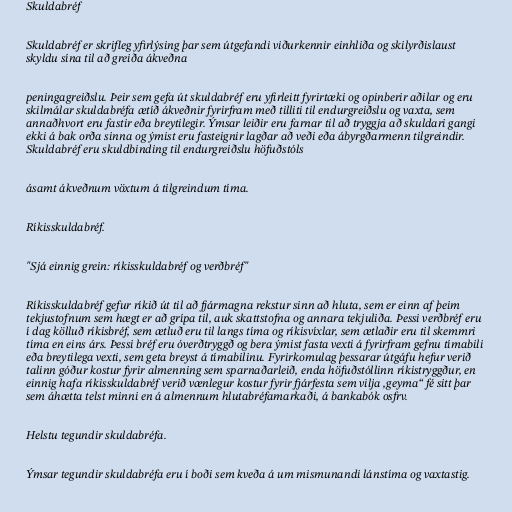
Skuldabréf

Skuldabréf er skrifleg yfirlýsing þar sem útgefandi viðurkennir einhliða og skilyrðislaust
skyldu sína til að greiða ákveðna

peningagreiðslu. Þeir sem gefa út skuldabréf eru yfirleitt fyrirtæki og opinberir aðilar og eru
skilmálar skuldabréfa ætíð ákveðnir fyrirfram með tilliti til endurgreiðslu og vaxta, sem
annaðhvort eru fastir eða breytilegir. Ýmsar leiðir eru farnar til að tryggja að skuldari gangi
ekki á bak orða sinna og ýmist eru fasteignir lagðar að veði eða ábyrgðarmenn tilgreindir.
Skuldabréf eru skuldbinding til endurgreiðslu höfuðstóls

ásamt ákveðnum vöxtum á tilgreindum tíma.

Ríkisskuldabréf.

"Sjá einnig grein: ríkisskuldabréf og verðbréf"

Ríkisskuldabréf gefur ríkið út til að fjármagna rekstur sinn að hluta, sem er einn af þeim
tekjustofnum sem hægt er að grípa til, auk skattstofna og annara tekjuliða. Þessi verðbréf eru
í dag kölluð ríkisbréf, sem ætluð eru til langs tíma og ríkisvíxlar, sem ætlaðir eru til skemmri
tíma en eins árs. Þessi bréf eru óverðtryggð og bera ýmist fasta vexti á fyrirfram gefnu tímabili
eða breytilega vexti, sem geta breyst á tímabilinu. Fyrirkomulag þessarar útgáfu hefur verið
talinn góður kostur fyrir almenning sem sparnaðarleið, enda höfuðstóllinn ríkistryggður, en
einnig hafa ríkisskuldabréf verið vænlegur kostur fyrir fjárfesta sem vilja ,geyma“ fé sitt þar
sem áhætta telst minni en á almennum hlutabréfamarkaði, á bankabók osfrv.

Helstu tegundir skuldabréfa.

Ýmsar tegundir skuldabréfa eru í boði sem kveða á um mismunandi lánstíma og vaxtastig.